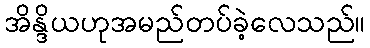
အိန္ဒိယဟုအမည်တပ်ခဲ့လေသည်။